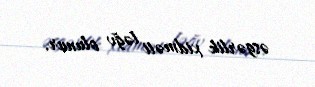
əsgərlik xidməti ləğv olunur.